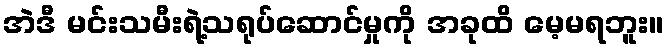
အဲဒီ မင်းသမီးရဲ့သရုပ်ဆောင်မှုကို အခုထိ မေ့မရဘူး။